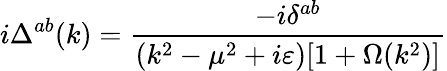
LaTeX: i\Delta^{ab}(k)=\frac{-i\delta^{ab}}{(k^{2}-\mu^{2}+i\varepsilon)[1+\Omega(k^{2})]}